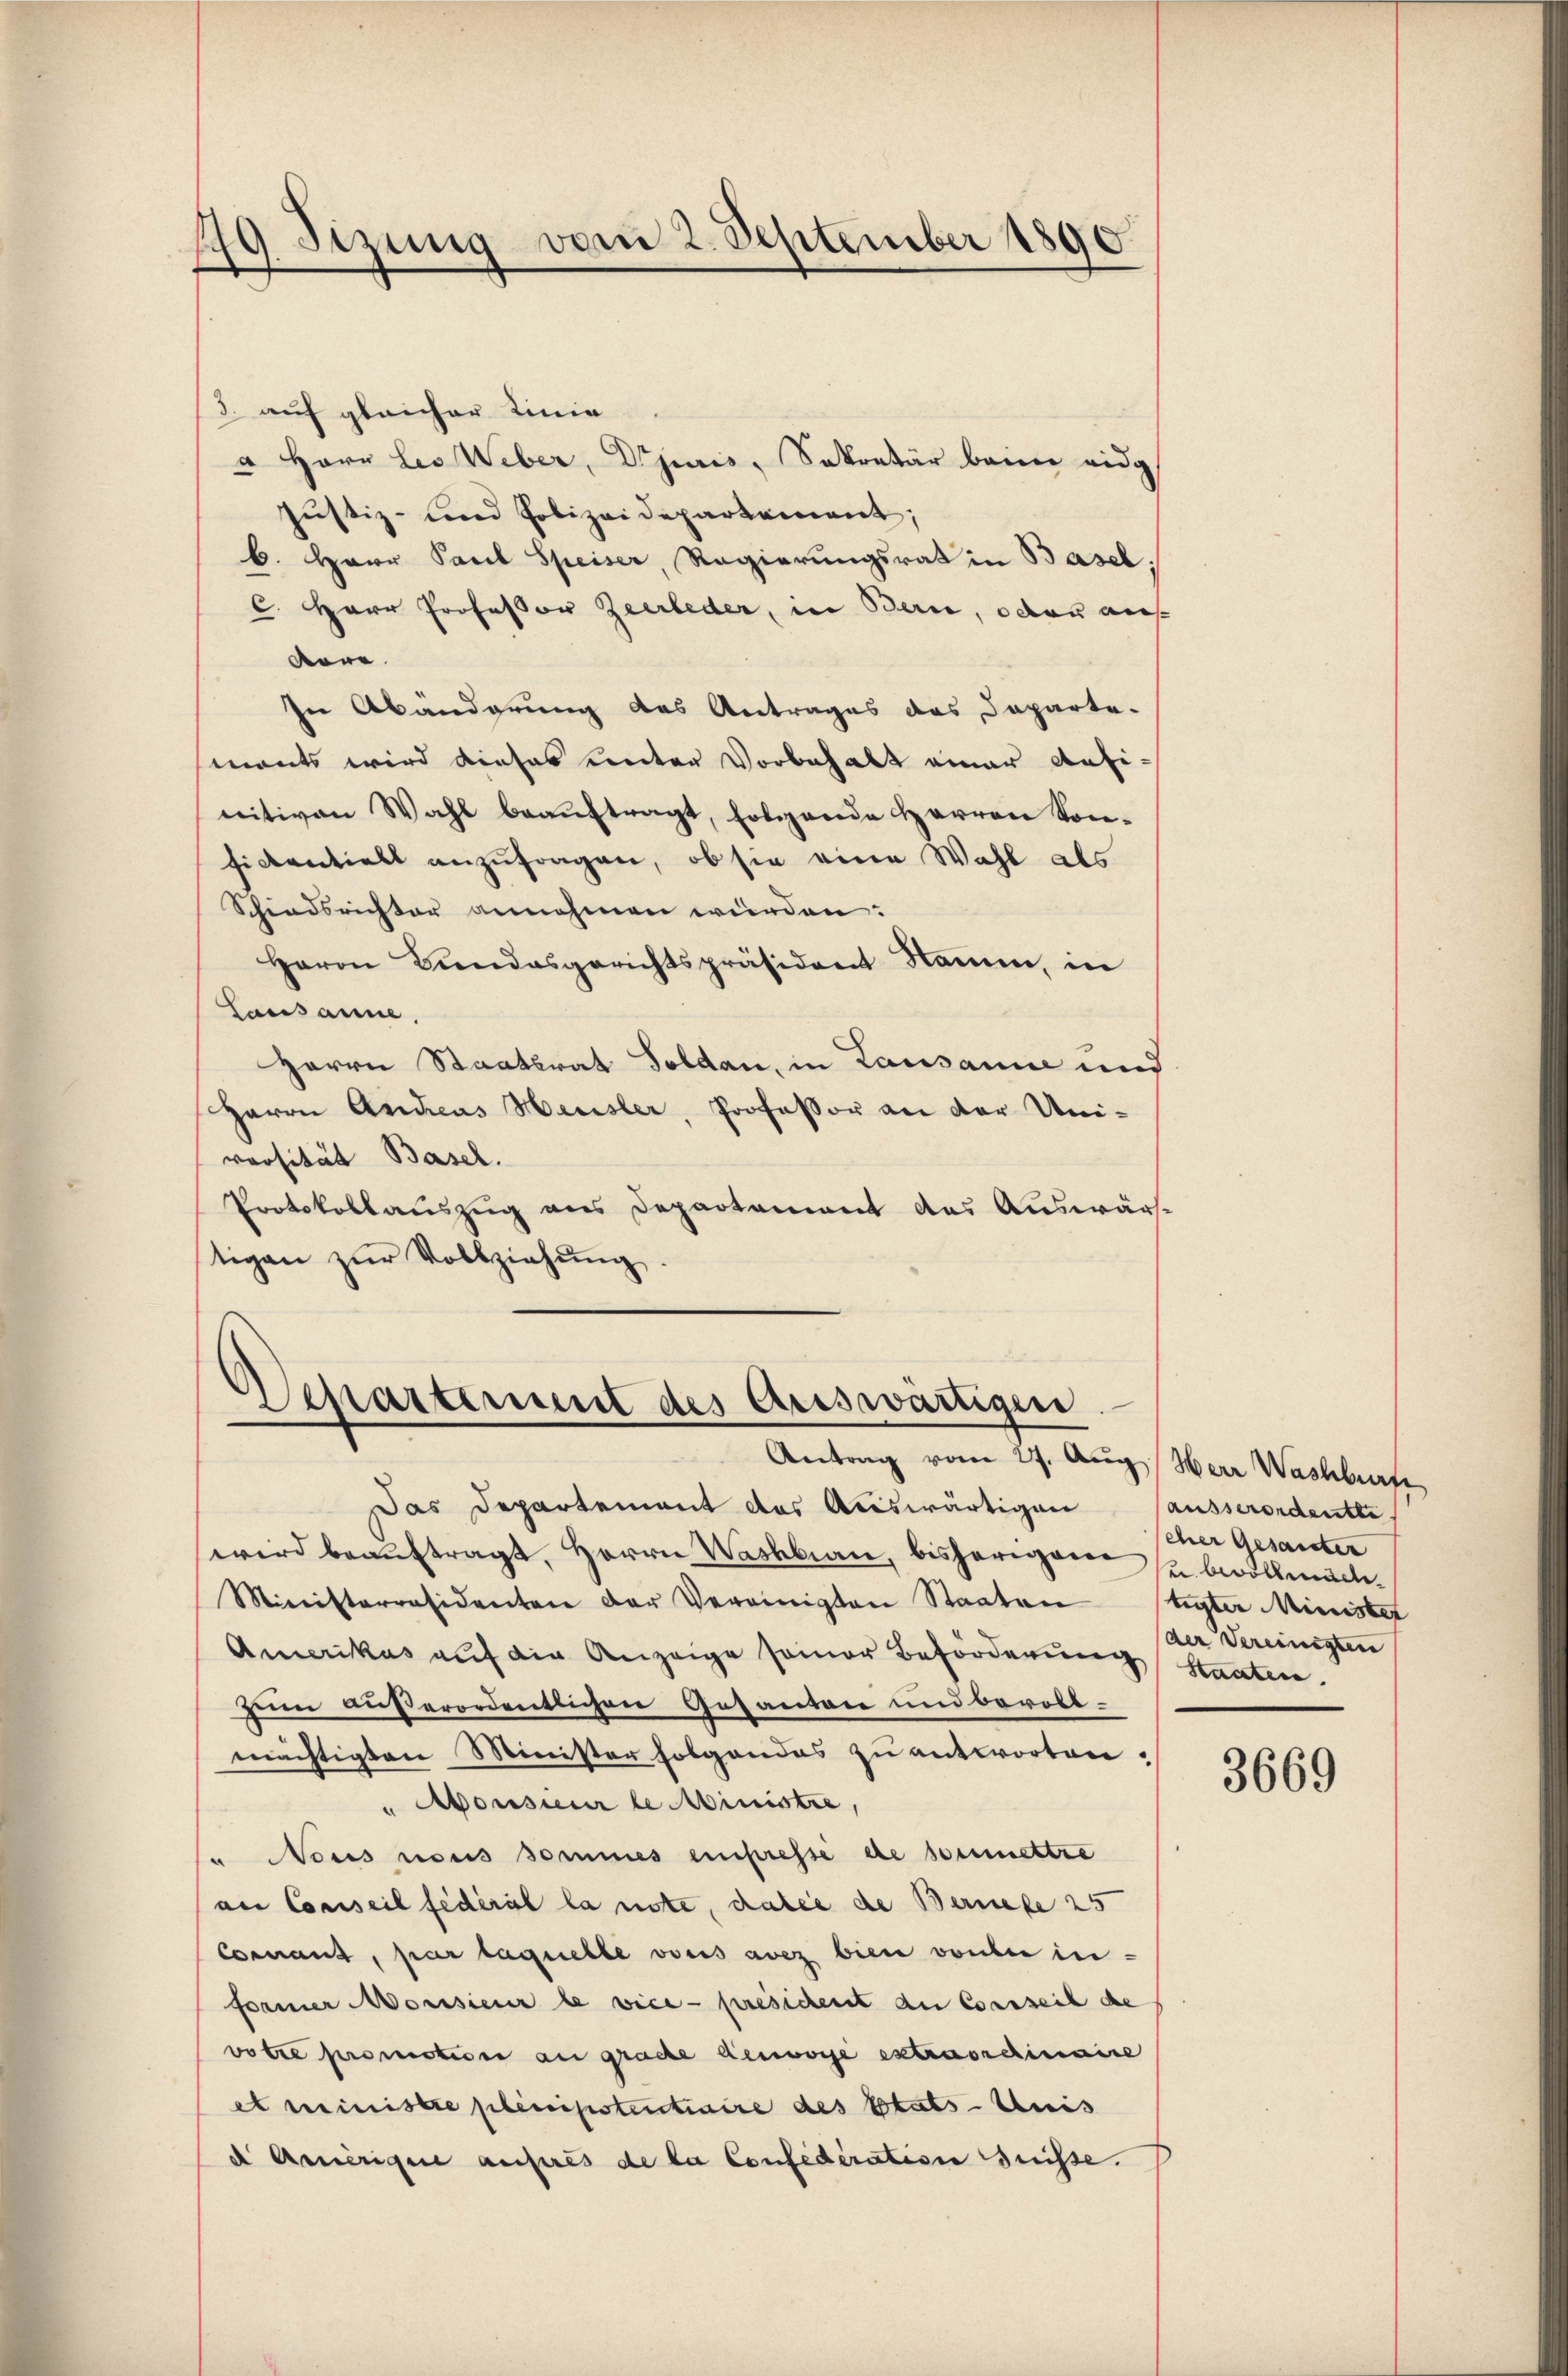
49 Sirung vom 2. September 1890.
.
f

3. auf gleicher Linie
" Herr Leo Weber, Diparis, Sekretär beim eidg
Justiz- und Polizeidepartement;
b. Herr Paul Speiser, Regierungsrat in Basel.
c. Herr Professor Zeerleder, in Berne, oder auf
köre.
In Abänderung des Antrages das Departe-
monts wird dieses unter Vorbehalt einer Aufinitiven Wahl beauftragt, folgende Herren Konsickentielt anzufragen, ob sie eine Wahl als
Schiedsrichter annehmen würden:
Herrn Bindesgerichtspräsident Name, in
Lausanne,
Herrn Staatsrat Soldau, in Lausanne und
Herrn Andreas Heusler, Professor an der Uni-
versität Basel.
Protokollauszug aus Departement des Auswär-
tigen zur Vollziehung
.

chartement des Auswärtigere
Antrag vom 27. Aŭg. Herr Washbrufe

Das Departement das Aceswärtigen ausserordente.
wird beaŭftragt, Herrn Waskbian, bisherigen zu bevollmäch¬
Ministerräsidenten der Vereinigten Staaten stigter Ministet
Amerikas auf die Anzeige seiner Beförderung staaten.
zum außerordentlichen Gesantone und bevollmächtigten Minister folgendes zu antworten.
" Mousieur le Ministre,
" Nous nous sommes einpresse de soumettre
an Conseil fédéral la note, dabei die Bernere 25
Connant, par laquelle vons avez bien vorber in
former Monsieur le vice presichent du Conseil de
votre promotione an grache denvorge extraordinaire
et ministre plenipotentiaire des Etats-Anis
d Annierigen anferes de la Confederation suisse.

eher Gesamter
(der Vereinigten

3669